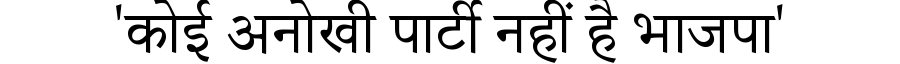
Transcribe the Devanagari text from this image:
'कोई अनोखी पार्टी नहीं है भाजपा'